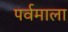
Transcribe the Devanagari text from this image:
पर्वमाला